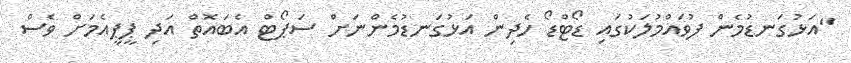
"އަޅުގަނޑުމެން ފުވައްމުލަކުގައި ޑޯޓްޑޯ ހެދިން އަޅުގަނޑުމެންނަށް ސަޕޯޓް އެބައޮތް އަދި ޕީޕީއެމަށް ވެސް